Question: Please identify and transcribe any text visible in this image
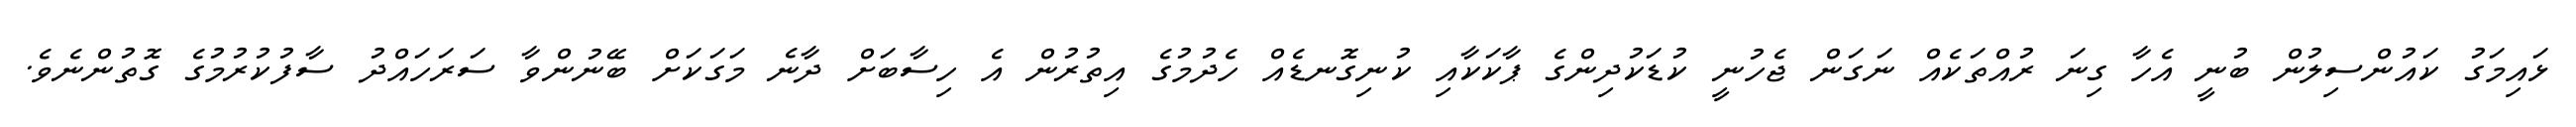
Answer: ޅައިމަގު ކައުންސިލުން ބުނީ އެހާ ގިނަ ރުއްތަކެއް ނަގަން ޖެހުނީ ކުޑަކުދިންގެ ޕާކަކާއި ކުނިގޮނޑެއް ހެދުމުގެ އިތުރުން އެ ހިސާބަށް ދާނެ މަގަކަށް ބޭނުންވާ ސަރަހައްދު ސާފުކުރުމުގެ ގޮތުންނެވެ.